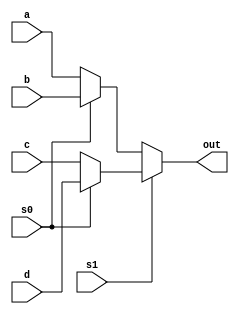
module mux_4(
  a,
  b,
  c,
  d,
  s0,
  s1,
  out
);

input wire a, b, c, d;
input wire s0, s1;
output out;

assign out = s1 ? (s0 ? d : c) : (s0 ? b : a); 

endmodule